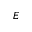
E